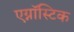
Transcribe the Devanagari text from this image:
एग्नॉस्टिक